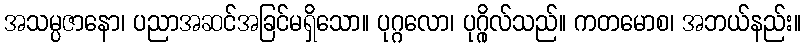
အသမ္ပဇာနော၊ ပညာအဆင်အခြင်မရှိသော။ ပုဂ္ဂလော၊ ပုဂ္ဂိုလ်သည်။ ကတမောစ၊ အဘယ်နည်း။